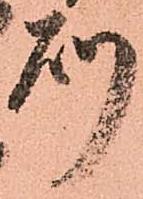
則